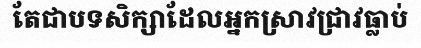
តែជាបទសិក្សាដែលអ្នកស្រាវជ្រាវធ្លាប់